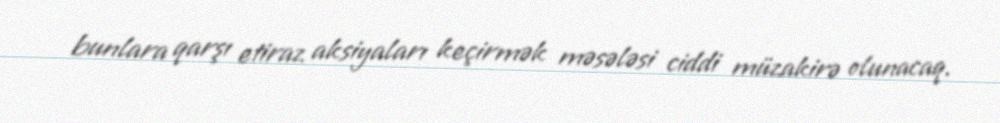
bunlara qarşı etiraz aksiyaları keçirmək məsələsi ciddi müzakirə olunacaq.